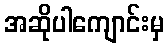
အဆိုပါကျောင်းမှ